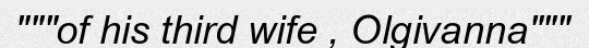
"""of his third wife , Olgivanna"""